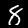
Label: 8